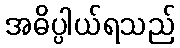
အဓိပ္ပါယ်ရသည်